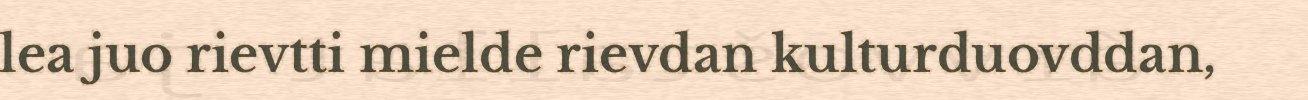
lea juo rievtti mielde rievdan kulturduovddan,